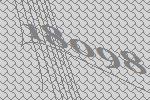
18098